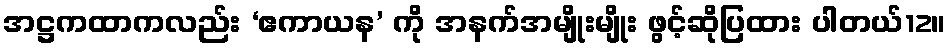
အဋ္ဌကထာကလည်း ‘ဧကာယန’ ကို အနက်အမျိုးမျိုး ဖွင့်ဆိုပြထား ပါတယ်12။